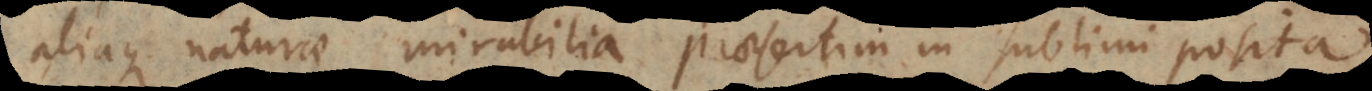
aliaque naturae mirabilia praesertim in sublimi posita